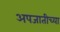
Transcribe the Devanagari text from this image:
अपजातीच्या